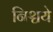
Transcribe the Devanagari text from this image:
निश्चये